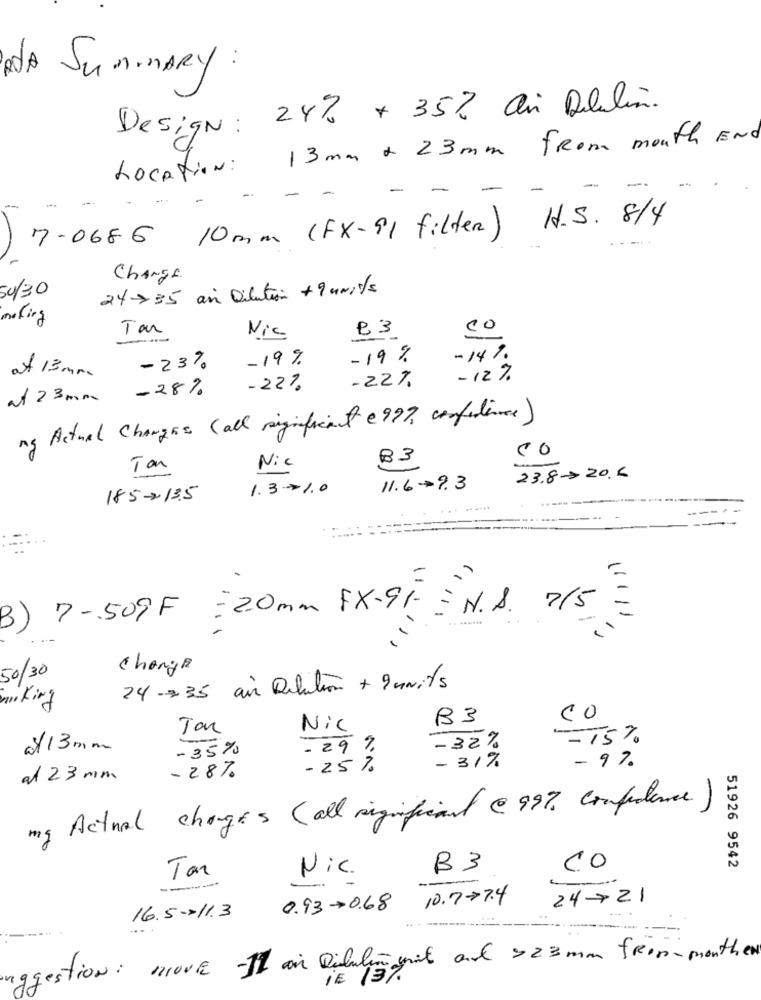
A SUMMARY:
Design: 24% + 35% ai Dellin.
13 mm + 23mm from mouth End
Location:
-
-
- - - -
-
7-0686 10mm (FX-91 filter) H.S. 8/4
Change.
50/30
24735 an Dilution + 9 units
making
Tar
B3
co
Nic
-19%
-19%
-14%
-23%
at 13 mm.
- 12%
-28%
-22%
-22%
at 23 mm
ng Actual Changes (all significant e99), confidence)
Nic
B3
Tan
23.8-20.6
1.310
11.69.3
185-13.5
3) 7-509F =20mm FX-91 = N.S. 7/5
-
11111
50/30
Change
24 -735 air Dilution + 9 units
making
B3
CO
Jan
Nic
=15%
0/13 mm
-35%
- 29 %
-32%
- 31%
- 9%
-25 %
at 23 mm
-28%
mg Actual changes (all significant @99% confidence)
51926 9542
Tar
Nic.
B3
Co
0.930.68 10.777.4
24721
16.5-×11.3
---
inggestion : move It on Dilution mit and >23 mm frommonthen